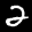
Label: 2